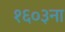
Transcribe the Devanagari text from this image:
१६०३ना